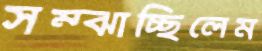
সম্‌ঝাচ্ছিলেম